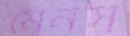
মেনস